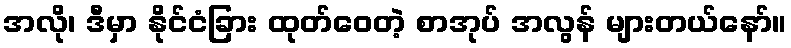
အလို၊ ဒီမှာ နိုင်ငံခြား ထုတ်ဝေတဲ့ စာအုပ် အလွန် များတယ်နော်။